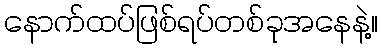
နောက်ထပ်ဖြစ်ရပ်တစ်ခုအနေနဲ့။